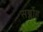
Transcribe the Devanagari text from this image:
सर्ब्लोह